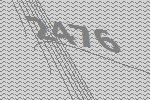
2476